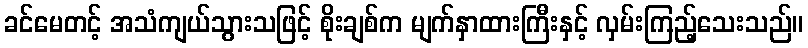
ခင်မေတင့် အသံကျယ်သွားသဖြင့် စိုးချစ်က မျက်နှာထားကြီးနှင့် လှမ်းကြည့်သေးသည်။